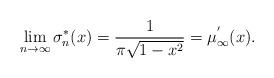
LaTeX: \begin{align*}\lim_{n\rightarrow \infty} \sigma_n^*(x)=\frac{1}{\pi \sqrt{1-x^2}}=\mu_{\infty}^{'}(x).\end{align*}